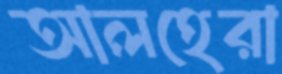
আলহেরা